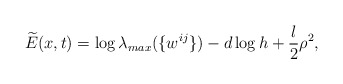
\begin{align*}\widetilde{E}(x,t)=\log \lambda_{max}(\{w^{ij}\})-d\log h+\frac{l}{2}\rho^{2},\end{align*}